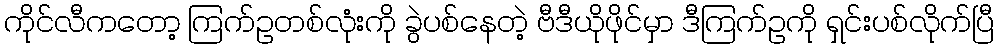
ကိုင်လီကတော့ ကြက်ဥတစ်လုံးကို ခွဲပစ်နေတဲ့ ဗီဒီယိုဖိုင်မှာ ဒီကြက်ဥကို ရှင်းပစ်လိုက်ပြီ